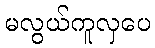
မလွယ်ကူလှပေ